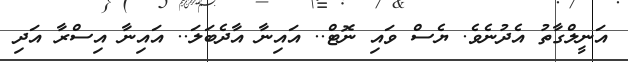
އަނީލްގާތު އެދުނެވެ. ޔެސް ވައި ނޮޓް.. އައިނާ އާދެބަލަ.. އައިނާ އިސްރާ އަދި